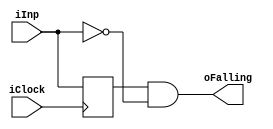
module isFalling
	( input iClock
	, input iInp
	, output oFalling
	);
	
	reg last = 1'b0;
	
	assign oFalling = last == 1'b1 && iInp == 1'b0;
	
always @(posedge iClock) begin
	last <= iInp;
end
	
endmodule